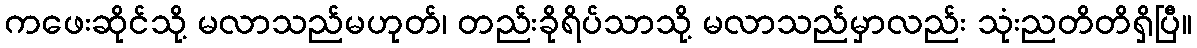
ကဖေးဆိုင်သို့ မလာသည်မဟုတ်၊ တည်းခိုရိပ်သာသို့ မလာသည်မှာလည်း သုံးညတိတိရှိပြီ။